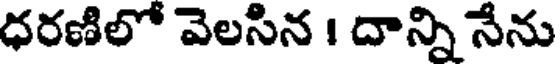
ధరణిలో వెలసిన 1 దాన్ని నేను